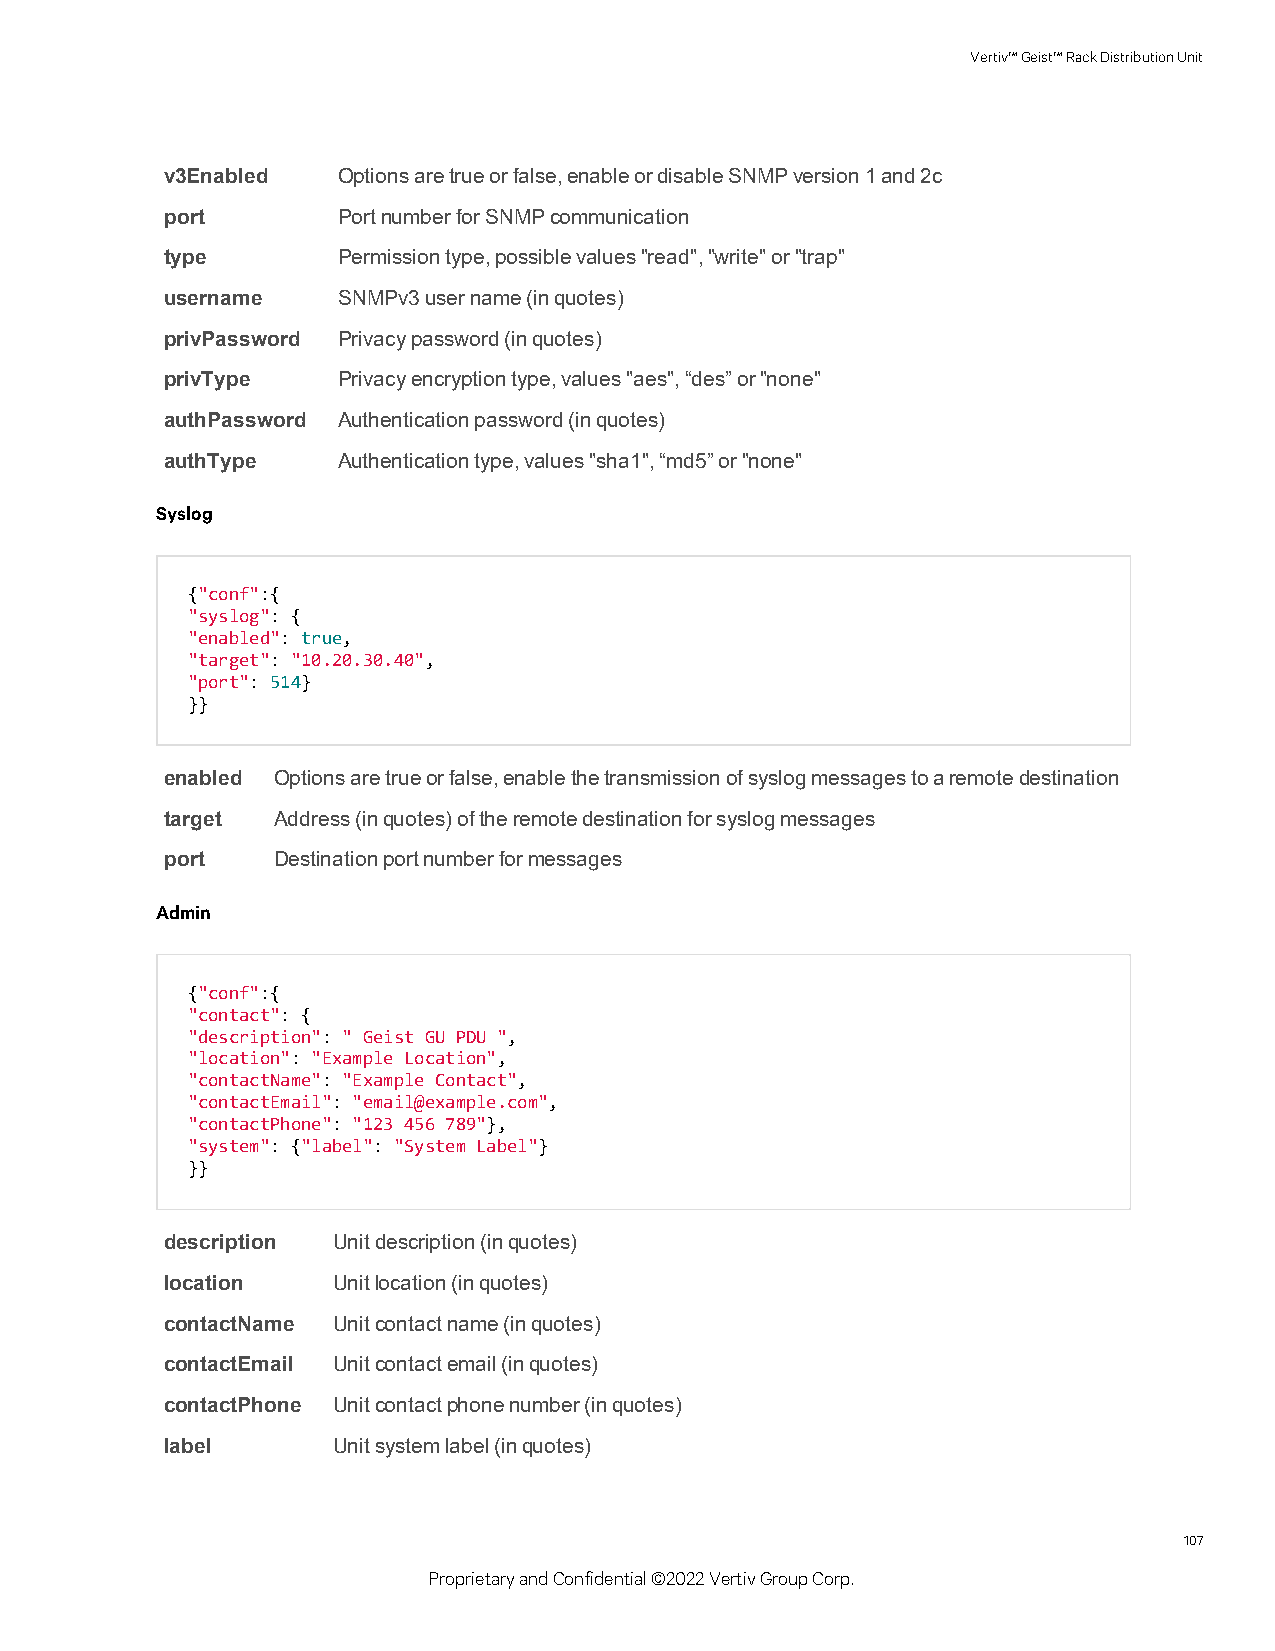
Vertiv™Geist™RackDistributionUnit
 v3Enabled  Optionsaretrueorfalse,enableordisableSNMPversion1and2c
 port       PortnumberforSNMPcommunication
 type       Permissiontype,possiblevalues"read","write"or"trap"
 username   SNMPv3username(inquotes)
 privPassword Privacypassword(inquotes)
 privType   Privacyencryptiontype,values"aes",“des”or"none"
 authPassword Authenticationpassword(inquotes)
 authType   Authenticationtype,values"sha1",“md5”or"none"
 Syslog
 {"conf":{
 "syslog": {
 "enabled": true,
 "target": "10.20.30.40",
 "port": 514}
 }}
 enabled Optionsaretrueorfalse,enablethetransmissionofsyslogmessagestoaremotedestination
 target Address(inquotes)oftheremotedestinationforsyslogmessages
 port   Destinationportnumberformessages
 Admin
 {"conf":{
 "contact": {
 "description": " Geist GU PDU ",
 "location": "Example Location",
 "contactName": "Example Contact",
 "contactEmail": "email@example.com",
 "contactPhone": "123 456 789"},
 "system": {"label": "System Label"}
 }}
 description Unitdescription(inquotes)
 location   Unitlocation(inquotes)
 contactName Unitcontactname(inquotes)
 contactEmail Unitcontactemail(inquotes)
 contactPhone Unitcontactphonenumber(inquotes)
 label      Unitsystemlabel(inquotes)
 107
 ProprietaryandConfidential©2022VertivGroupCorp.